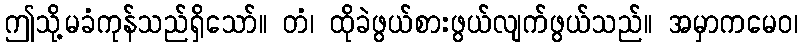
ဤသို့မခံကုန်သည်ရှိသော်။ တံ၊ ထိုခဲဖွယ်စားဖွယ်လျက်ဖွယ်သည်။ အမှာကမေဝ၊